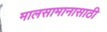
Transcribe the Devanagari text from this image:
मालसामानासाठी